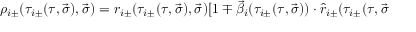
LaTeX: \rho _ { i \pm } ( \tau _ { i \pm } ( \tau , \vec { \sigma } ) , \vec { \sigma } ) = r _ { i \pm } ( \tau _ { i \pm } ( \tau , \vec { \sigma } ) , \vec { \sigma } ) [ 1 \mp \vec { \beta } _ { i } ( \tau _ { i \pm } ( \tau , \vec { \sigma } ) ) \cdot \hat { r } _ { i \pm } ( \tau _ { i \pm } ( \tau , \vec { \sigma }